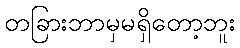
တခြားဘာမှမရှိတော့ဘူး